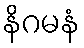
နိဂမနံ